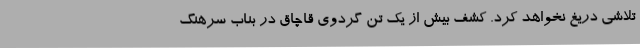
تلاشی دریغ نخواهد کرد. کشف بیش از یک تن گردوی قاچاق در بناب سرهنگ